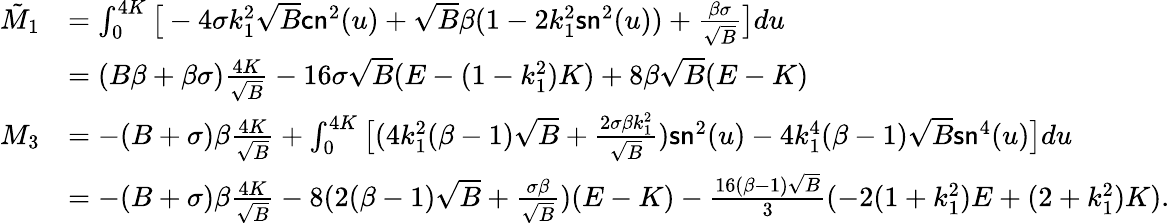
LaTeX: \begin{array}{rl}{\tilde{M}_{1}}&{=\int_{0}^{4K}\big[-4\sigma k_{1}^{2}\sqrt{B}\mathsf{cn}^{2}(u)+\sqrt{B}\beta(1-2k_{1}^{2}\mathsf{sn}^{2}(u))+\frac{\beta\sigma}{\sqrt{B}}\big]du}\\ &{=(B\beta+\beta\sigma)\frac{4K}{\sqrt{B}}-16\sigma\sqrt{B}(E-(1-k_{1}^{2})K)+8\beta\sqrt{B}(E-K)}\\ {M_{3}}&{=-(B+\sigma)\beta\frac{4K}{\sqrt{B}}+\int_{0}^{4K}\big[(4k_{1}^{2}(\beta-1)\sqrt{B}+\frac{2\sigma\beta k_{1}^{2}}{\sqrt{B}})\mathsf{sn}^{2}(u)-4k_{1}^{4}(\beta-1)\sqrt{B}\mathsf{sn}^{4}(u)\big]du}\\ &{=-(B+\sigma)\beta\frac{4K}{\sqrt{B}}-8(2(\beta-1)\sqrt{B}+\frac{\sigma\beta}{\sqrt{B}})(E-K)-\frac{16(\beta-1)\sqrt{B}}{3}(-2(1+k_{1}^{2})E+(2+k_{1}^{2})K).}\end{array}